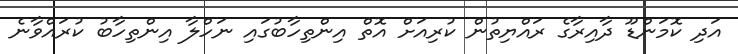
އަދި ކޮމަންޑޫ ދާއިރާގެ ރައްޔިތުން ކުރިއަށް އޮތް އިންތިހާބުގައި ނަހްލާ އިންތިހާބު ކުރައްވާނެ